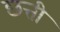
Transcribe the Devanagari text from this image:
छत्ती